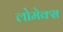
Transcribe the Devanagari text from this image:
लोमेक्स